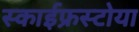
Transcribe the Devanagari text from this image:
स्काईफ्रस्टोया